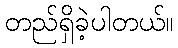
တည်ရှိခဲ့ပါတယ်။